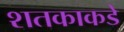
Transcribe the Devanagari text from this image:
शतकाकडे